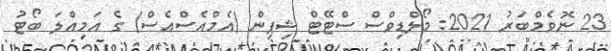
23 ނޮވެމްބަރު 2021: މޯލްޑިވްސް ސްޓޭޓް ޝިޕިން (އެމްއެސްއެސް) ގެ އަމިއްލަ ބޯޓު